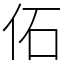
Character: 佦